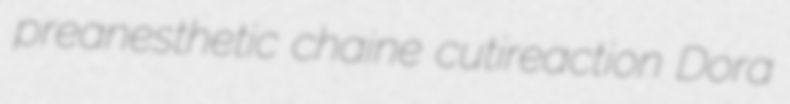
preanesthetic chaine cutireaction Dora